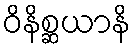
ဝိနိစ္ဆယာနိ